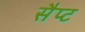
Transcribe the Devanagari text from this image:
सैप्ट